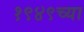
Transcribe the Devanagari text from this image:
१९४९च्या